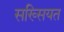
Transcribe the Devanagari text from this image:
सख्सियत